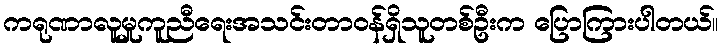
ကရုဏာလူမှုကူညီရေးအသင်းတာဝန်ရှိသူတစ်ဦးက ပြောကြားပါတယ်။